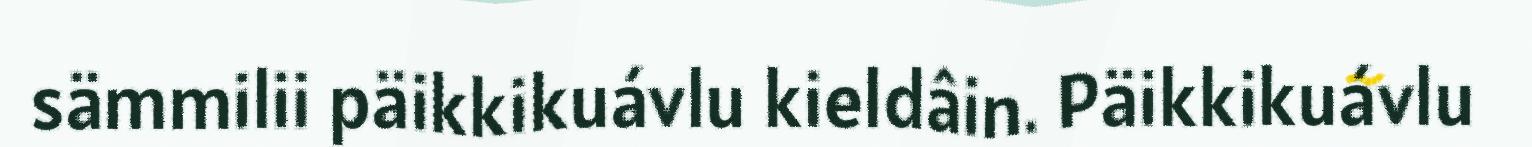
sämmilii päikkikuávlu kieldâin. Päikkikuávlu